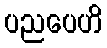
ပညပေဟိ